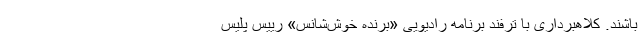
باشند. کلاهبرداری با ترفند برنامه رادیویی «برنده خوش‌شانس» رییس پلیس